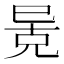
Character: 𫶶